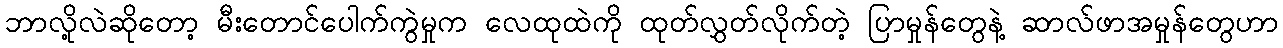
ဘာလို့လဲဆိုတော့ မီးတောင်ပေါက်ကွဲမှုက လေထုထဲကို ထုတ်လွှတ်လိုက်တဲ့ ပြာမှုန်တွေနဲ့ ဆာလ်ဖာအမှုန်တွေဟာ